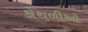
કોથળીઓ